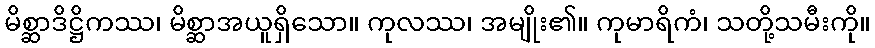
မိစ္ဆာဒိဋ္ဌိကဿ၊ မိစ္ဆာအယူရှိသော။ ကုလဿ၊ အမျိုး၏။ ကုမာရိကံ၊ သတို့သမီးကို။